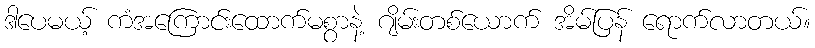
ဒါပေမယ့် ကံအကြောင်းထောက်မစွာနဲ့ ဂျိမ်းတစ်ယောက် အိမ်ပြန် ရောက်လာတယ်။